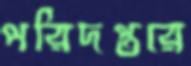
পরিদপ্তরে